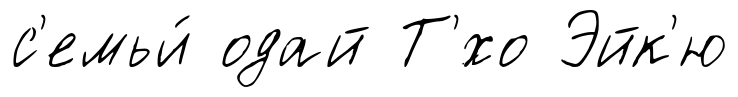
с'емьи́ одай Т'́хо Эйк'ю